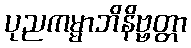
ပုညကမ္မာဘိနိဗ္ဗတ္တာ